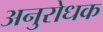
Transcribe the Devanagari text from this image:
अनुरोधक